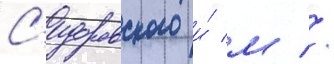
С'идоровского и́ м //